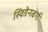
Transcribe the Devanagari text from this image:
स्विडेनबर्ग